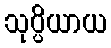
သုပ္ပိယာယ